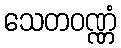
သေတဝဏ္ဏံ